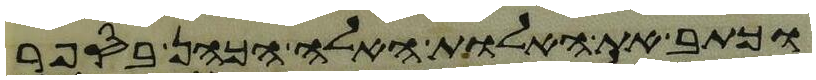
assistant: וכתב את האלות האלה הכהן בספר